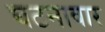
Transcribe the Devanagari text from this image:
घटनावार